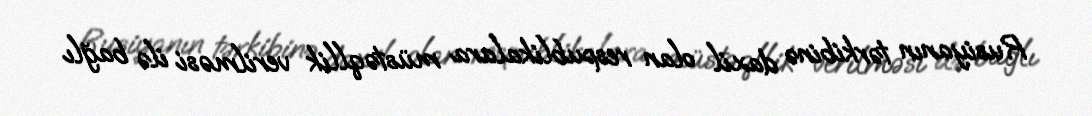
Rusiyanın tərkibinə daxil olan respublikalara müstəqllik verilməsi ilə bağlı